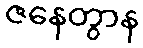
ဇနေတွာန